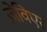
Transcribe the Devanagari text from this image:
ज़ेविएर